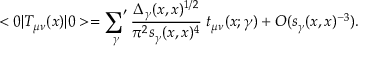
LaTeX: < 0 | T _ { \mu \nu } ( x ) | 0 > = \mathop { { \sum } ^ { \prime } } _ { \gamma } { \frac { \Delta _ { \gamma } ( x , x ) ^ { 1 / 2 } } { \pi ^ { 2 } s _ { \gamma } ( x , x ) ^ { 4 } } } \; t _ { \mu \nu } ( x ; \gamma ) + O ( s _ { \gamma } ( x , x ) ^ { - 3 } ) .